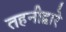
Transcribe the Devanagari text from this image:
तहनीद्वारे